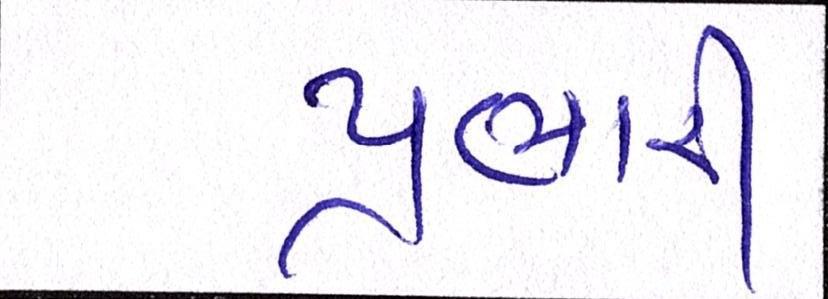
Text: પ્રભારી